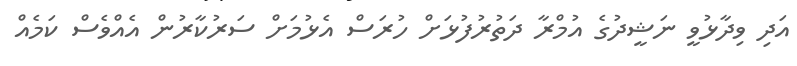
އަދި ވިދާޅުވީ ނަޝީދުގެ އުމްރާ ދަތުރުފުޅަށް ހުރަސް އެޅުމަށް ސަރުކާރުން އެއްވެސް ކަމެއް